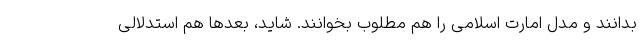
بدانند و مدل امارت اسلامی را هم مطلوب بخوانند. شاید، بعدها هم استدلالی